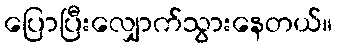
ပြောပြီးလျှောက်သွားနေတယ်။